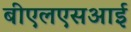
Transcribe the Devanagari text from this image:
बीएलएसआई